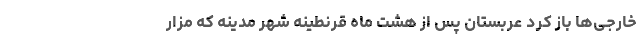
خارجی‌ها باز کرد عربستان پس از هشت ماه قرنطینه شهر مدینه که مزار